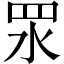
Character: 𥄳